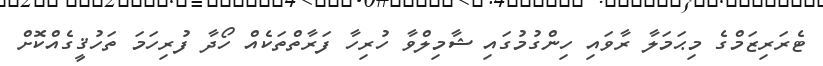
ޓެރަރިޒަމްގެ މިޙަމަލާ ރާވައި ހިންގުމުގައި ޝާމިލްވާ ހުރިހާ ފަރާތްތަކެއް ހޯދާ ފުރިހަމަ ތަހުޤީގެއްކޮށް